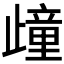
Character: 𣦟